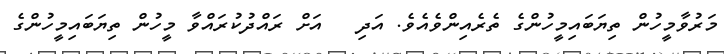
މަރުވާމީހުން ތިޔަބައިމީހުންގެ ތެރެއިންވެއެވެ. އަދި   އަށް ރައްދުކުރައްވާ މީހުން ތިޔަބައިމީހުންގެ